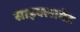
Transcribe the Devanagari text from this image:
साइक्लामेट